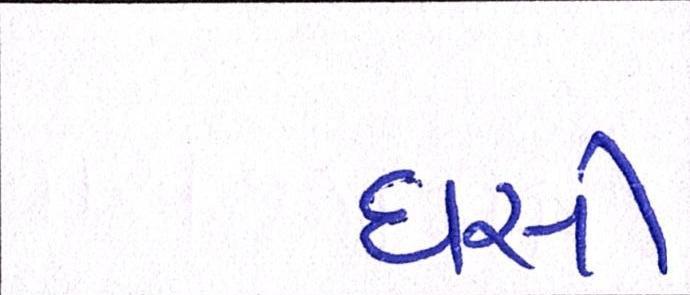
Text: ઘસી